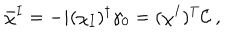
LaTeX: \bar { \chi } ^ { I } = - i ( \chi _ { I } ) ^ { \dagger } \gamma _ { 0 } = ( \chi ^ { I } ) ^ { T } { \cal C } \ ,